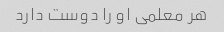
هر معلمی او را دوست دارد